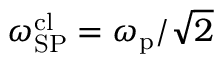
\omega _ { \mathrm { S P } } ^ { \mathrm { c l } } = \omega _ { \mathrm { p } } / \sqrt { 2 }